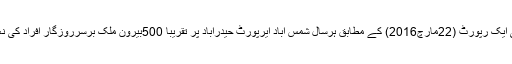
دکن کرانیکل کی ایک رپورٹ (22مارچ2016) کے مطابق ہرسال شمس آباد ایرپورٹ حیدرآباد پر تقریبا ً500بیرون ملک برسرروزگار افراد کی نعشیںپہنچتی ہیں ۔